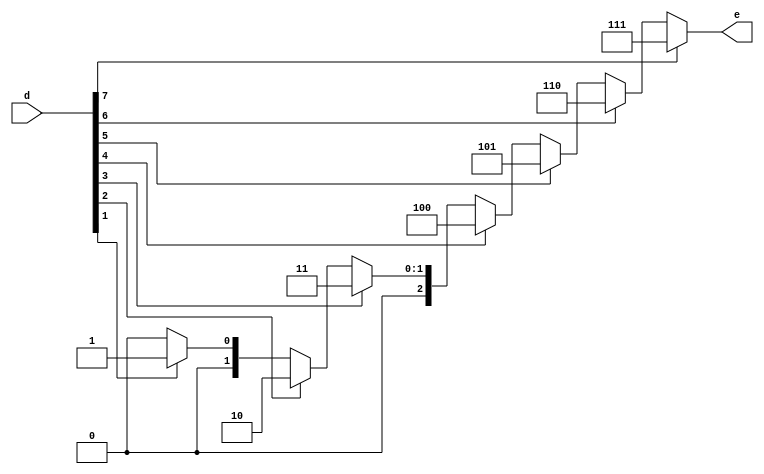
module pe(input [7:0] d,output [2:0] e);

assign e=(d[7])?3'b111:
			(d[6])?3'b110:
			(d[5])?3'b101:
			(d[4])?3'b100:
			(d[3])?3'b011:
			(d[2])?3'b010:
			(d[1])?3'b001:
			(d[0])?3'b000:3'b000;
			
			endmodule